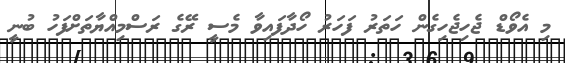
މި އެވޯޑް ޖެހިޖެހިގެން ހަތަރު ފަހަރު ހޯދާފައިވާ މެސީ ރޭގެ ރަސްމިއްޔާތަށްފަހު ބުނީ